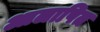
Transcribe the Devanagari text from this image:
आलापित